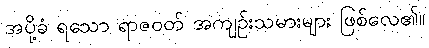
အပို့ခံ ရသော ရာဇဝတ် အကျဉ်းသမားများ ဖြစ်လေ၏။